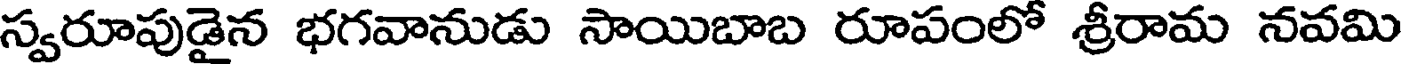
స్వరూపుడైన భగవానుడు సాయిబాబ రూపంలో శ్రీరామ నవమి